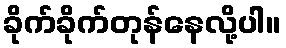
ခိုက်ခိုက်တုန်နေလို့ပါ။